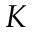
K